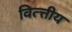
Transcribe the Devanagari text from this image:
वित्त्तीय